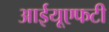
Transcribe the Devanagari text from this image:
आईयूएफटी